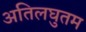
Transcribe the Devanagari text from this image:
अतिलघुतम